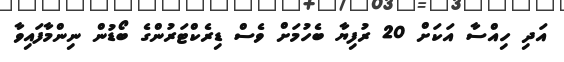
އަދި ހިއްސާ އަކަށް 20 ރުފިޔާ ބެހުމަށް ވެސް ޑިރެކްޓަރުންގެ ބޯޑުން ނިންމާފައިވާ